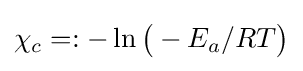
\chi _{c}=:-\ln {\bigl (}-E_{a}/RT{\bigr )}